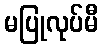
မပြုလုပ်မီ